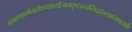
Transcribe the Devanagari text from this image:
प्रमाणप्रमेयसंशयप्रयोजनदृष्टान्तसिद्धान्तावयवतर्क